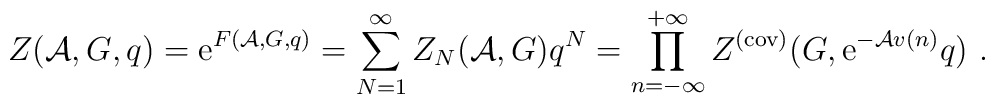
Z({\cal A},G,q) = {\rm e}^{ F({\cal A},G,q)} =\sum_{N=1}^{\infty} Z_{N}({\cal A},G)q^N =\prod_{n=-\infty}^{+\infty} Z^{(\rm cov)}(G,{\rm e}^{-{\cal A} v(n)} q)~.